system: You are a helpful assistant.
user:
Analyze the provided spectrum to determine if it is a **Carbon Star (C-type)**.

- **Key Visual Indicators of Carbon Star:**
    - **(Primary):** Strong molecular absorption from **C₂ (diatomic carbon) "Swan Bands."** This is the **defining feature** of a carbon star.
        - **(Key Bandheads):** Sharp absorption edges are visible at approximately $5635$ Å, $5165$ Å (the strongest band), and $4737$ Å.
        - **(Line Profile):** Creates a distinct **"saw-tooth"** pattern. The key morphology is a sharp, steep bandhead on the **red (long-wavelength) side**, which then gradually tapers off (i.e., flux recovers) towards the **blue (short-wavelength) side**. *(This is the direct opposite of the TiO bands seen in M-type stars)*.

    - **(Secondary):** Intense **CN (cyanogen)** molecular absorption bands.
        - **(Key Bandheads):** Located in the blue and violet regions of the spectrum (e.g., near $4215$ Å and $3883$ Å).
        - **(Morphology):** These bands are extremely broad and act as a "blanket," absorbing the vast majority of blue and violet light. This creates a characteristic **"cliff"** or **"steep drop-off"** in the spectrum's flux at short wavelengths.

    - **(Key Confirmation):** Strong **CH absorption band (G-band)**.
        - **(Key Bandhead):** Located around $4300$ Å. The contribution from CH molecules to this band is exceptionally strong.

    - **(Overall Spectrum):**
        - The continuum is severely "chopped up" by these deep molecular bands, especially C₂, rather than appearing as a smooth curve.
        - Due to the heavy CN and C₂ absorption in the blue-green, the vast majority of the star's flux is concentrated in the red part of the spectrum, giving the star its characteristic deep red color.

Think first, call **spectral_visualization_tool** if needed to examine features in detail, then provide your final answer. Your response must adhere to the following strict rules:
1.  **Overall Structure:** Your response must follow the format `<think>...</think> <tool_call>...</tool_call> (if a tool is used) <answer>...</answer>`.
2.  **Tool Usage Constraint:** You may only make **one** tool call per turn.
3.  **Final Answer Format:** In the `<answer>` tag, your conclusion must be inside a `\boxed{}` command (e.g., `\boxed{YES}`), followed by your justification.

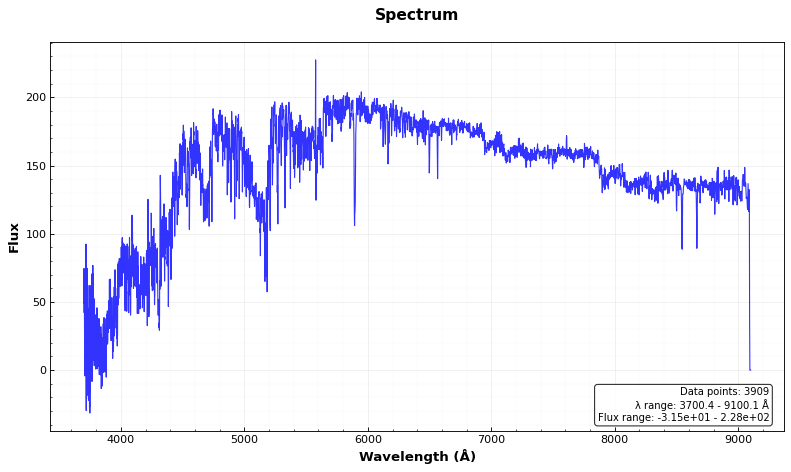
Answer: YES